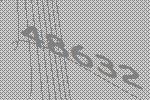
48632